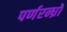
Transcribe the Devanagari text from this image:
पर्णरन्ध्रों